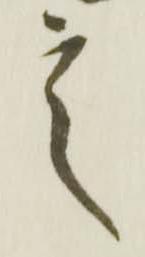
言